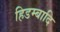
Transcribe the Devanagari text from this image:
हिडम्बादि